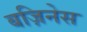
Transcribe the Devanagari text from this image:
बज़िनेस